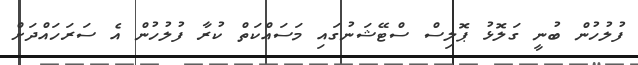
ފުލުހުން ބުނީ ގަލޮޅު ޕޮލިސް ސްޓޭޝަނުގައި މަސައްކަތް ކުރާ ފުލުހުން އެ ސަރަހައްދަށް